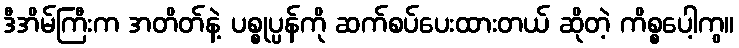
ဒီအိမ်ကြီးက အတိတ်နဲ့ ပစ္စုပ္ပန်ကို ဆက်စပ်ပေးထားတယ် ဆိုတဲ့ ကိစ္စပေါ့ကွ။